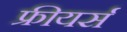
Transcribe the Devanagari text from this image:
फ्रीयर्स